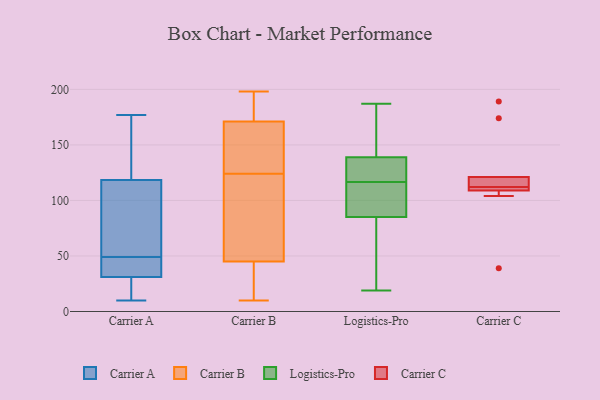
{"axis": {"x": "Humidity (%)", "y": "Value"}, "legend": ["Carrier A", "Carrier B", "Carrier C", "Logistics-Pro"], "data": [{"x": "", "y": 31, "type": "Carrier A"}, {"x": "", "y": 130, "type": "Carrier A"}, {"x": "", "y": 46, "type": "Carrier A"}, {"x": "", "y": 177, "type": "Carrier A"}, {"x": "", "y": 84, "type": "Carrier A"}, {"x": "", "y": 10, "type": "Carrier A"}, {"x": "", "y": 49, "type": "Carrier A"}, {"x": "", "y": 65, "type": "Carrier A"}, {"x": "", "y": 153, "type": "Carrier A"}, {"x": "", "y": 31, "type": "Carrier A"}, {"x": "", "y": 30, "type": "Carrier A"}, {"x": "", "y": 11, "type": "Carrier B"}, {"x": "", "y": 33, "type": "Carrier B"}, {"x": "", "y": 172, "type": "Carrier B"}, {"x": "", "y": 112, "type": "Carrier B"}, {"x": "", "y": 81, "type": "Carrier B"}, {"x": "", "y": 13, "type": "Carrier B"}, {"x": "", "y": 188, "type": "Carrier B"}, {"x": "", "y": 165, "type": "Carrier B"}, {"x": "", "y": 185, "type": "Carrier B"}, {"x": "", "y": 10, "type": "Carrier B"}, {"x": "", "y": 81, "type": "Carrier B"}, {"x": "", "y": 124, "type": "Carrier B"}, {"x": "", "y": 168, "type": "Carrier B"}, {"x": "", "y": 165, "type": "Carrier B"}, {"x": "", "y": 198, "type": "Carrier B"}, {"x": "", "y": 139, "type": "Logistics-Pro"}, {"x": "", "y": 169, "type": "Logistics-Pro"}, {"x": "", "y": 106, "type": "Logistics-Pro"}, {"x": "", "y": 134, "type": "Logistics-Pro"}, {"x": "", "y": 104, "type": "Logistics-Pro"}, {"x": "", "y": 67, "type": "Logistics-Pro"}, {"x": "", "y": 19, "type": "Logistics-Pro"}, {"x": "", "y": 172, "type": "Logistics-Pro"}, {"x": "", "y": 131, "type": "Logistics-Pro"}, {"x": "", "y": 85, "type": "Logistics-Pro"}, {"x": "", "y": 187, "type": "Logistics-Pro"}, {"x": "", "y": 104, "type": "Logistics-Pro"}, {"x": "", "y": 59, "type": "Logistics-Pro"}, {"x": "", "y": 169, "type": "Logistics-Pro"}, {"x": "", "y": 135, "type": "Logistics-Pro"}, {"x": "", "y": 85, "type": "Logistics-Pro"}, {"x": "", "y": 127, "type": "Logistics-Pro"}, {"x": "", "y": 47, "type": "Logistics-Pro"}, {"x": "", "y": 121, "type": "Carrier C"}, {"x": "", "y": 113, "type": "Carrier C"}, {"x": "", "y": 109, "type": "Carrier C"}, {"x": "", "y": 39, "type": "Carrier C"}, {"x": "", "y": 104, "type": "Carrier C"}, {"x": "", "y": 109, "type": "Carrier C"}, {"x": "", "y": 111, "type": "Carrier C"}, {"x": "", "y": 120, "type": "Carrier C"}, {"x": "", "y": 174, "type": "Carrier C"}, {"x": "", "y": 189, "type": "Carrier C"}]}